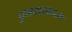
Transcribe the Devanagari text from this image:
पुनसंस्करण